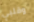
وقلبي